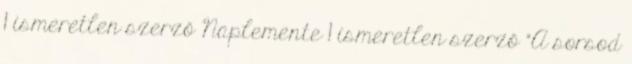
1 ismeretlen szerző Naplemente 1 ismeretlen szerző "A sorsod